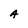
Character: A